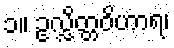
၁။ ဥလ္လိတ္တဝိဟာရ၊